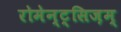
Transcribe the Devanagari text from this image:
रोमेन्ट्सिज़म्